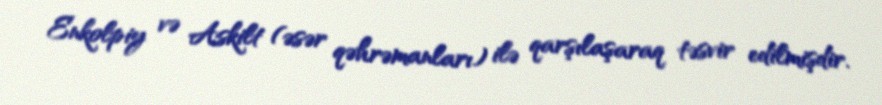
Enkolpiy və Askilt (əsər qəhrəmanları) ilə qarşılaşaraq təsvir edilmişdir.